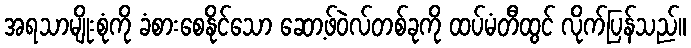
အရသာမျိုးစုံကို ခံစားစေနိုင်သော ဆော့ဖ်ဝဲလ်တစ်ခုကို ထပ်မံတီထွင် လိုက်ပြန်သည်။